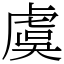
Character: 虞